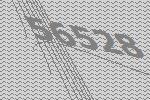
56528